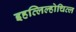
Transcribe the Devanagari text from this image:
इहत्लिल्होचित्ल